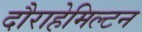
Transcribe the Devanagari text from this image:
दौराहेमिल्टन